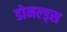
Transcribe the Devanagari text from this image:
डोनल्ड्स